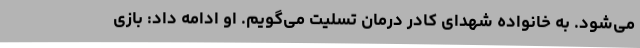
می‌شود. به خانواده شهدای کادر درمان تسلیت می‌گویم. او ادامه داد: بازی